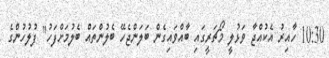
10:30 ހާއިރު އެކުއްޖާ ވަޅުލީ މޯޗަރީގައި ބާއްވައިގެން ބަލަންޖެހޭ ބެލުންތައް ބެލުމަށްފަހު" ފުލުހުންގެ